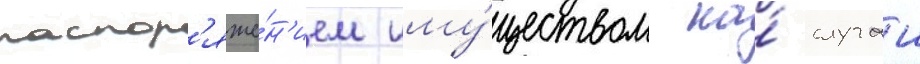
распор'яже́н'ием иму́ществом на́ случаи